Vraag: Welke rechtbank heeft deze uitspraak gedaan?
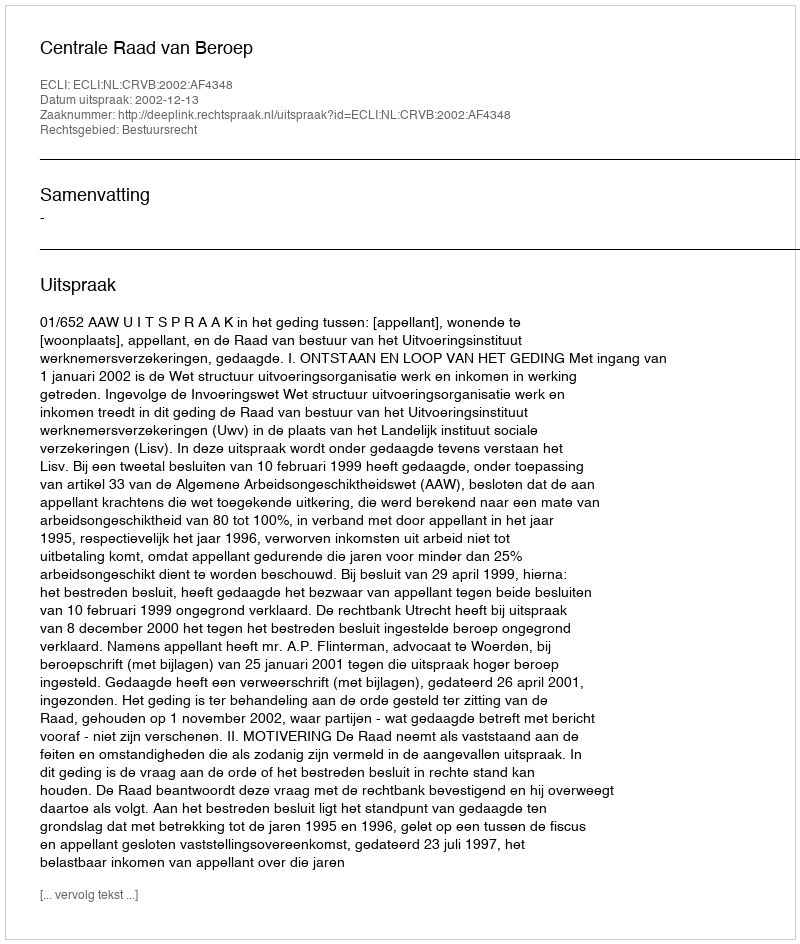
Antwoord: Centrale Raad van Beroep